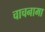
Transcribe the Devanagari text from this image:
चाचनामा